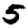
Digit: 5